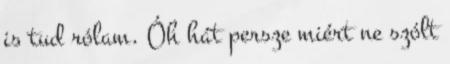
is tud rólam. Óh hát persze miért ne szólt